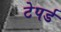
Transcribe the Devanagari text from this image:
टेपर्ड